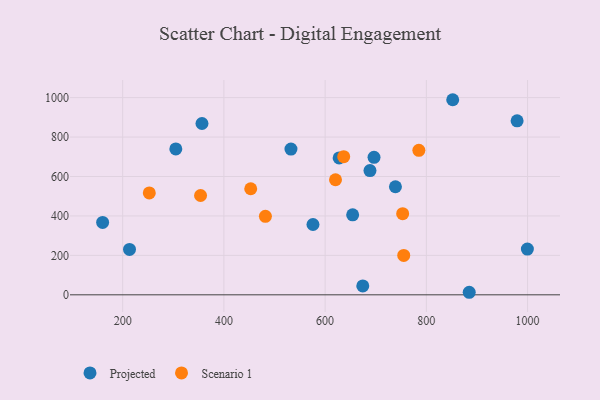
{"axis": {"x": "Experience", "y": "Yield"}, "legend": ["Projected", "Scenario 1"], "data": [{"x": "160.4", "y": 367.1, "type": "Projected"}, {"x": "738.9", "y": 548.0, "type": "Projected"}, {"x": "305.0", "y": 740.1, "type": "Projected"}, {"x": "627.7", "y": 694.0, "type": "Projected"}, {"x": "576.0", "y": 356.6, "type": "Projected"}, {"x": "532.5", "y": 738.9, "type": "Projected"}, {"x": "674.4", "y": 45.0, "type": "Projected"}, {"x": "213.5", "y": 230.1, "type": "Projected"}, {"x": "884.7", "y": 12.9, "type": "Projected"}, {"x": "999.6", "y": 232.2, "type": "Projected"}, {"x": "654.4", "y": 405.5, "type": "Projected"}, {"x": "356.7", "y": 868.8, "type": "Projected"}, {"x": "979.3", "y": 882.6, "type": "Projected"}, {"x": "688.6", "y": 630.0, "type": "Projected"}, {"x": "852.1", "y": 989.4, "type": "Projected"}, {"x": "696.6", "y": 697.3, "type": "Projected"}, {"x": "755.3", "y": 199.6, "type": "Scenario 1"}, {"x": "353.9", "y": 503.7, "type": "Scenario 1"}, {"x": "252.6", "y": 516.7, "type": "Scenario 1"}, {"x": "482.0", "y": 398.1, "type": "Scenario 1"}, {"x": "453.0", "y": 538.0, "type": "Scenario 1"}, {"x": "620.5", "y": 583.5, "type": "Scenario 1"}, {"x": "753.2", "y": 411.4, "type": "Scenario 1"}, {"x": "785.2", "y": 732.6, "type": "Scenario 1"}, {"x": "636.7", "y": 700.5, "type": "Scenario 1"}]}